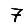
Digit: 7